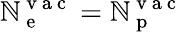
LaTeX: \mathbb{N}_{\mathrm{{~e~}}}^{\mathrm{{~v~a~c~}}}=\mathbb{N}_{\mathrm{{~p~}}}^{\mathrm{{~v~a~c~}}}